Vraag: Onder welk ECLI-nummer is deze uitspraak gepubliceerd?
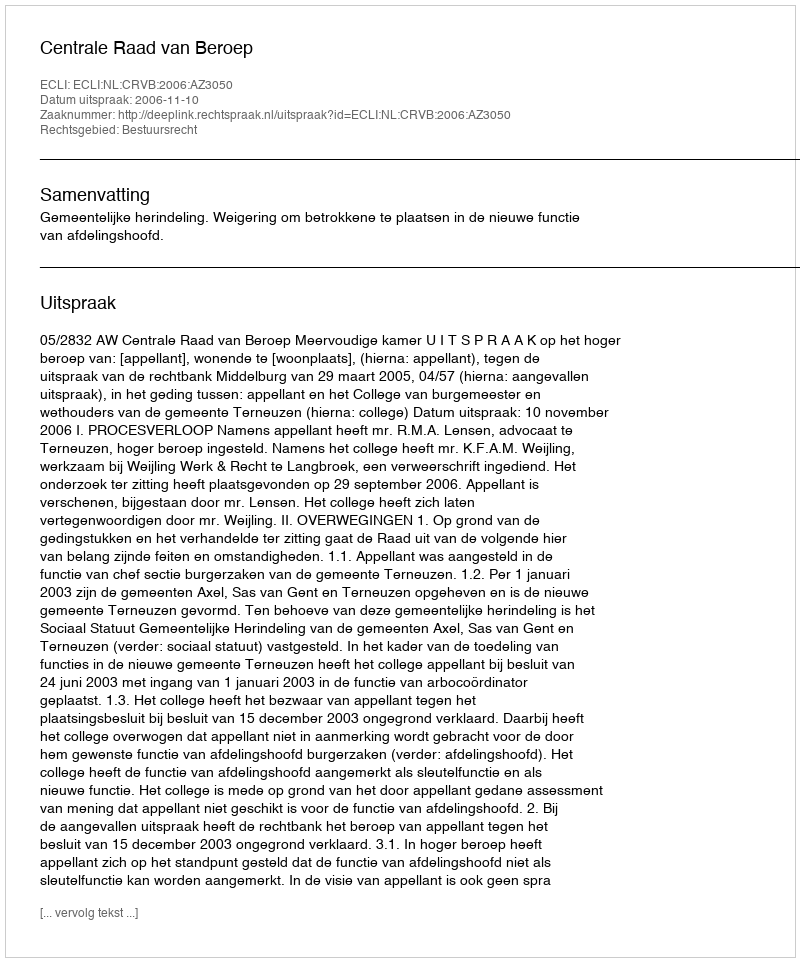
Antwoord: ECLI:NL:CRVB:2006:AZ3050